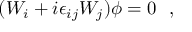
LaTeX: ( W _ { i } + i \epsilon _ { i j } W _ { j } ) \phi = 0 ~ ~ ,